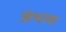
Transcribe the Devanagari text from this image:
जंभला